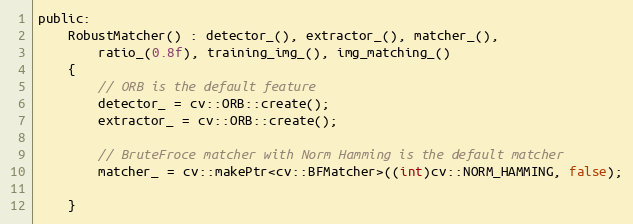
Language: C
public:
    RobustMatcher() : detector_(), extractor_(), matcher_(),
        ratio_(0.8f), training_img_(), img_matching_()
    {
        // ORB is the default feature
        detector_ = cv::ORB::create();
        extractor_ = cv::ORB::create();

        // BruteFroce matcher with Norm Hamming is the default matcher
        matcher_ = cv::makePtr<cv::BFMatcher>((int)cv::NORM_HAMMING, false);

    }